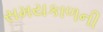
સમયકાળની